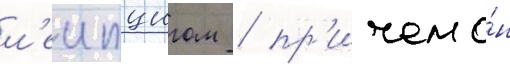
л'еипцигом / пр'ичем о́н